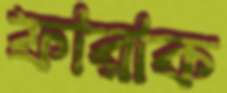
ফারাক